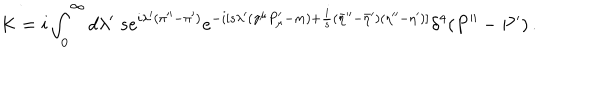
LaTeX: K = i \int _ { 0 } ^ { \infty } d \lambda ^ { \prime } \; s e ^ { i \lambda ^ { \prime } ( \pi ^ { \prime \prime } - \pi ^ { \prime } ) } e ^ { - i [ s \lambda ^ { \prime } ( \gamma ^ { \mu } P _ { \mu } ^ { \prime } - m ) + { \frac { i } { s } } ( { \bar { \eta } } ^ { \prime \prime } - { \bar { \eta } } ^ { \prime } ) ( \eta ^ { \prime \prime } - \eta ^ { \prime } ) ] } \delta ^ { 4 } ( P ^ { \prime \prime } - P ^ { \prime } ) \, .